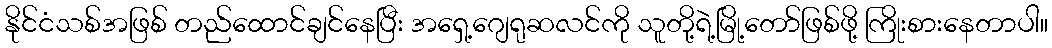
နိုင်ငံသစ်အဖြစ် တည်ထောင်ချင်နေပြီး အရှေ့ဂျေရုဆလင်ကို သူတို့ရဲ့မြို့တော်ဖြစ်ဖို့ ကြိုးစားနေတာပါ။